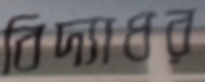
বিদ্যাধর